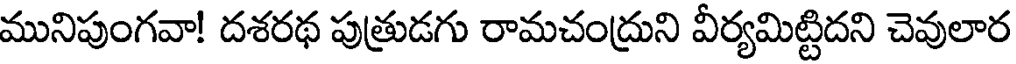
మునిపుంగవా! దశరథ పుత్రుడగు రామచంద్రుని వీర్యమిట్టిదని చెవులార